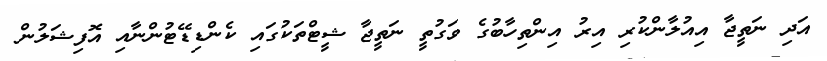
އަދި ނަތީޖާ އިއުލާންކުރި އިރު އިންތިހާބުގެ ވަގުތީ ނަތީޖާ ޝީޓްތަކުގައި ކެންޑިޑޭޓުންނާއި އޮފިޝަލުން